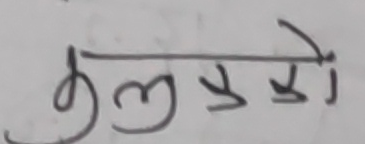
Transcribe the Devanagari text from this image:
कुलखले